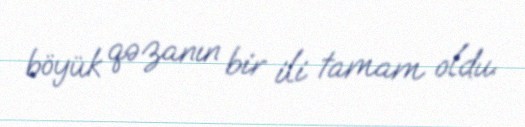
böyük qəzanın bir ili tamam oldu.